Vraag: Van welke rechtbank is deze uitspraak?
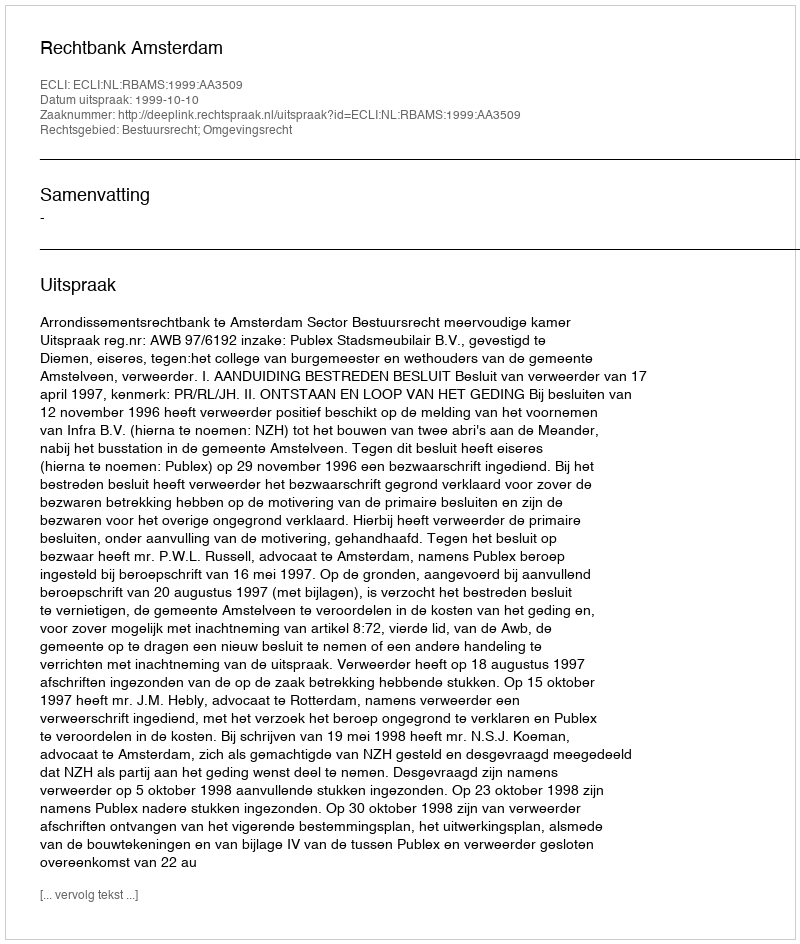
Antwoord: Rechtbank Amsterdam